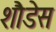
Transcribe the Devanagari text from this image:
शौडेस